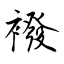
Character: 襏